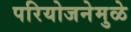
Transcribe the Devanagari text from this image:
परियोजनेमुळे